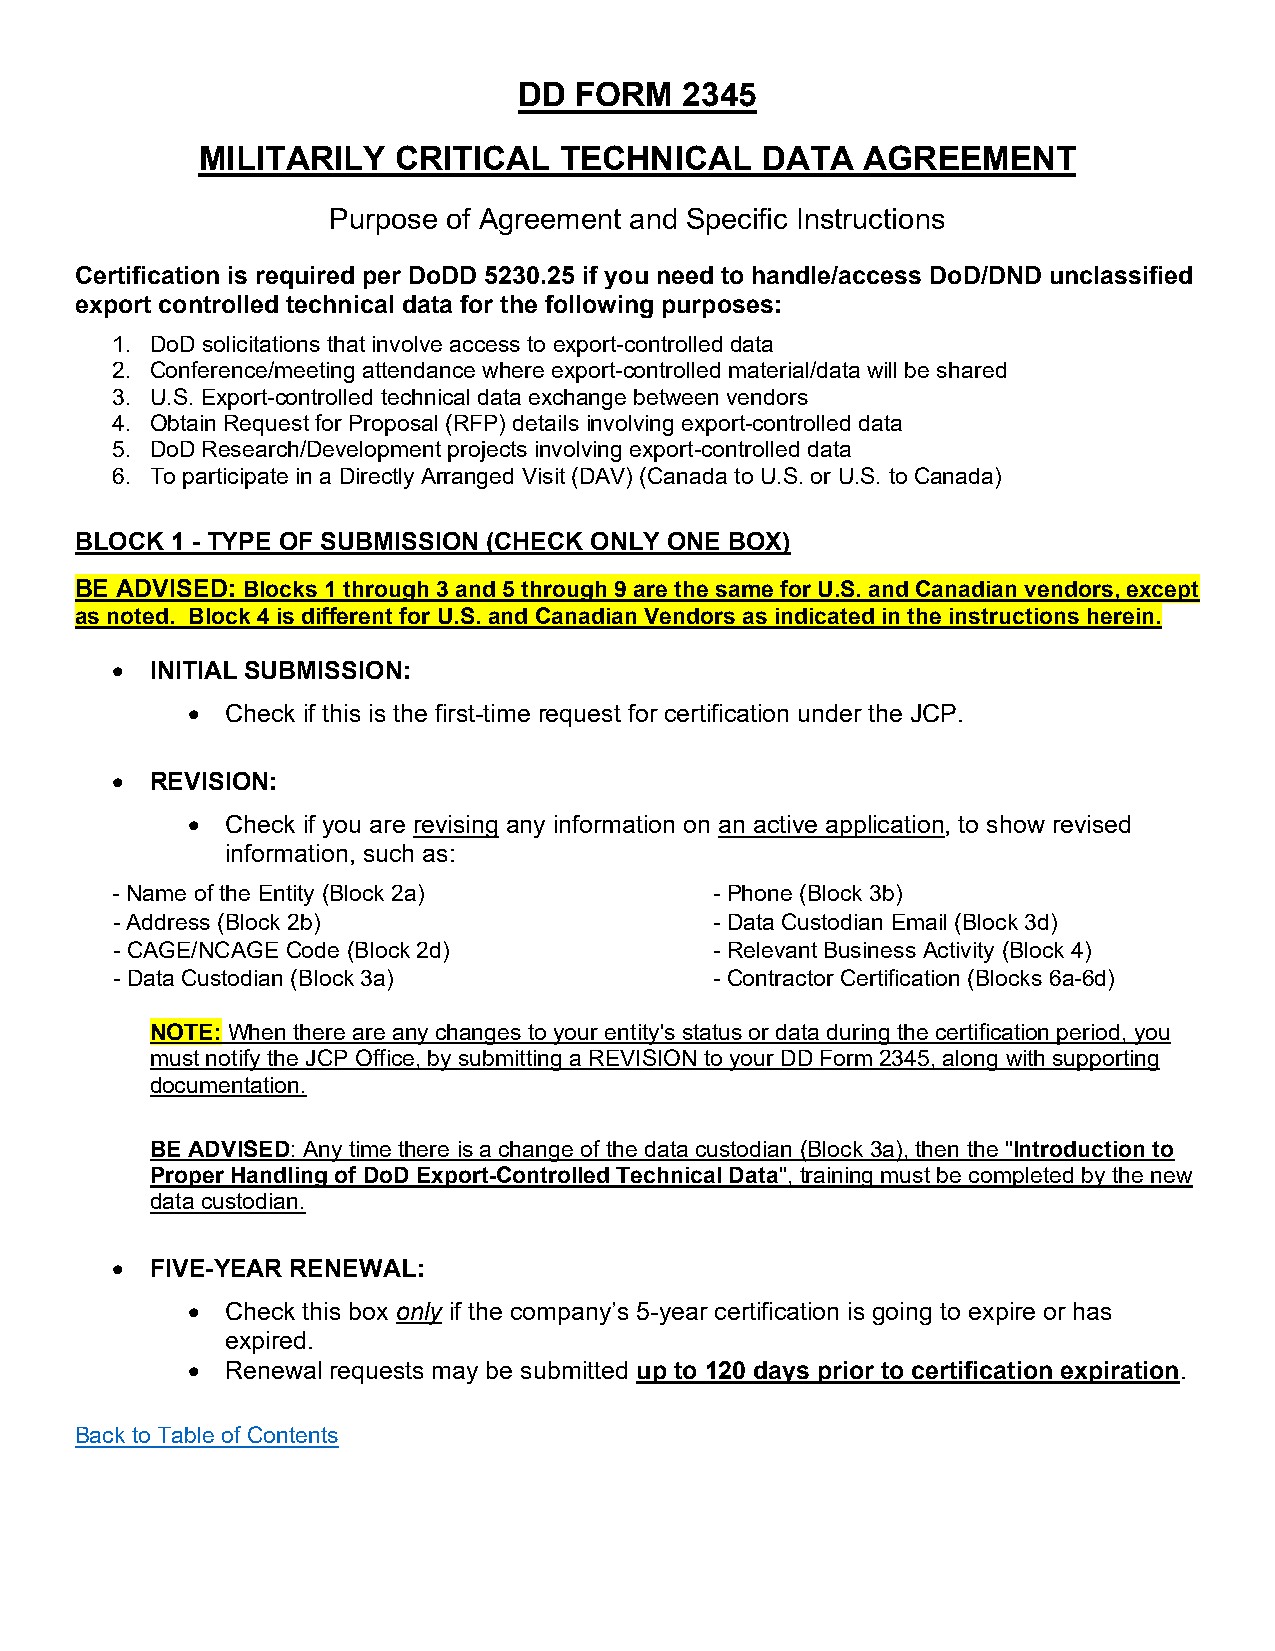
DD  FORM   2345
 MILITARILY   CRITICAL   TECHNICAL    DATA   AGREEMENT
 Purpose of Agreement and Specific Instructions
 Certification is required per DoDD 5230.25 if you need to handle/access DoD/DND unclassified
 export controlled technical data for the following purposes:
 1. DoD solicitations that involve access to export-controlled data
 2. Conference/meeting attendance where export-controlled material/data will be shared
 3. U.S. Export-controlled technical data exchange between vendors
 4. Obtain Request for Proposal (RFP) details involving export-controlled data
 5. DoD Research/Development projects involving export-controlled data
 6. To participate in a Directly Arranged Visit (DAV) (Canada to U.S. or U.S. to Canada)
 BLOCK 1 - TYPE OF SUBMISSION (CHECK ONLY ONE BOX)
 BE ADVISED: Blocks 1 through 3 and 5 through 9 are the same for U.S. and Canadian vendors, except
 as noted. Block 4 is different for U.S. and Canadian Vendors as indicated in the instructions herein.
 •  INITIAL SUBMISSION:
 •  Check if this is the first-time request for certification under the JCP.
 •  REVISION:
 •  Check if you are revising any information on an active application, to show revised
 information, such as:
 - Name of the Entity (Block 2a)         - Phone (Block 3b)
 - Address (Block 2b)                    - Data Custodian Email (Block 3d)
 - CAGE/NCAGE Code (Block 2d)            - Relevant Business Activity (Block 4)
 - Data Custodian (Block 3a)             - Contractor Certification (Blocks 6a-6d)
 NOTE: When there are any changes to your entity's status or data during the certification period, you
 must notify the JCP Office, by submitting a REVISION to your DD Form 2345, along with supporting
 documentation.
 BE ADVISED: Any time there is a change of the data custodian (Block 3a), then the "Introduction to
 Proper Handling of DoD Export-Controlled Technical Data", training must be completed by the new
 data custodian.
 •  FIVE-YEAR RENEWAL:
 •  Check this box only if the company’s 5-year certification is going to expire or has
 expired.
 •  Renewal requests may be submitted up to 120 days prior to certification expiration.
 Back to Table of Contents